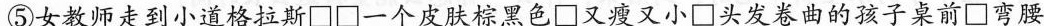
⑤女教师走到小道格拉斯\Box \Box一个皮肤棕黑色\Box又瘦又小\Box头发卷曲的孩子桌前\Box弯腰